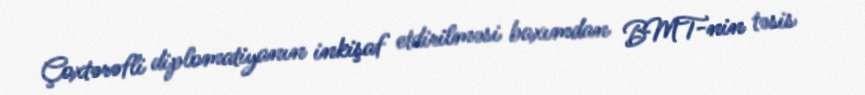
Çoxtərəfli diplomatiyanın inkişaf etdirilməsi baxımdan BMT-nin təsis